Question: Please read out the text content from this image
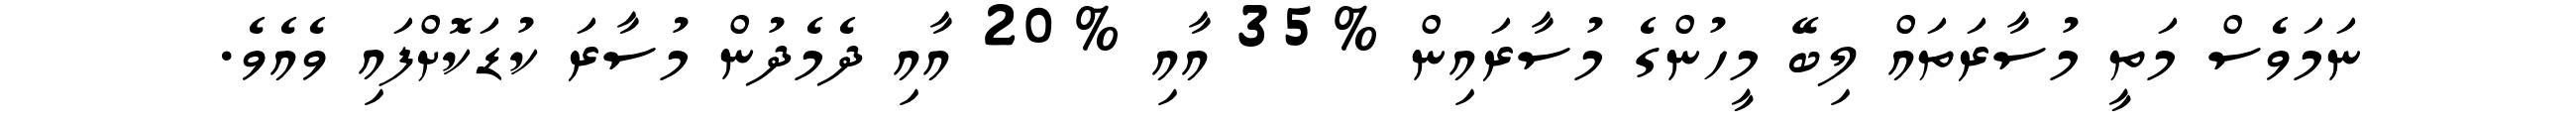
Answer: ނަމަވެސް މަތީ މުސާރަތައް ލިބޭ މީހުންގެ މުސާރައިން %35 އާއި %20 އާއި ދެމެދުން މުސާރަ ކުޑަކޮށްފައި ވެއެވެ.